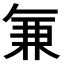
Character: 𭁐